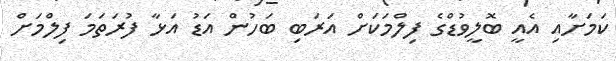
ކަމަށާއި އެއީ ބޮލީވުޑްގެ ފިލްމަކަށް އަރަބި ބަހުން އަޑު އަޅާ ފުރަތަމަ ފިލްމަށް